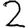
Digit: 2